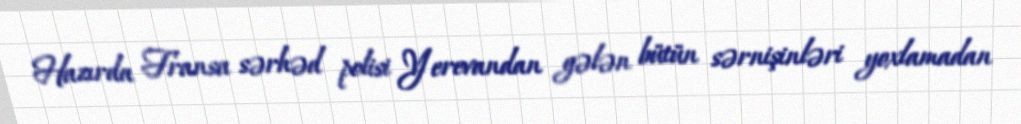
Hazırda Fransa sərhəd polisi Yerevandan gələn bütün sərnişinləri yoxlamadan